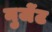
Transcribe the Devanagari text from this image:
नुजेंट